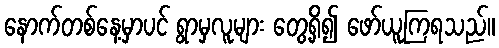
နောက်တစ်နေ့မှာပင် ရွာမှလူများ တွေ့ရှိ၍ ဖော်ယူကြရသည်။